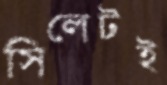
সিলেটই